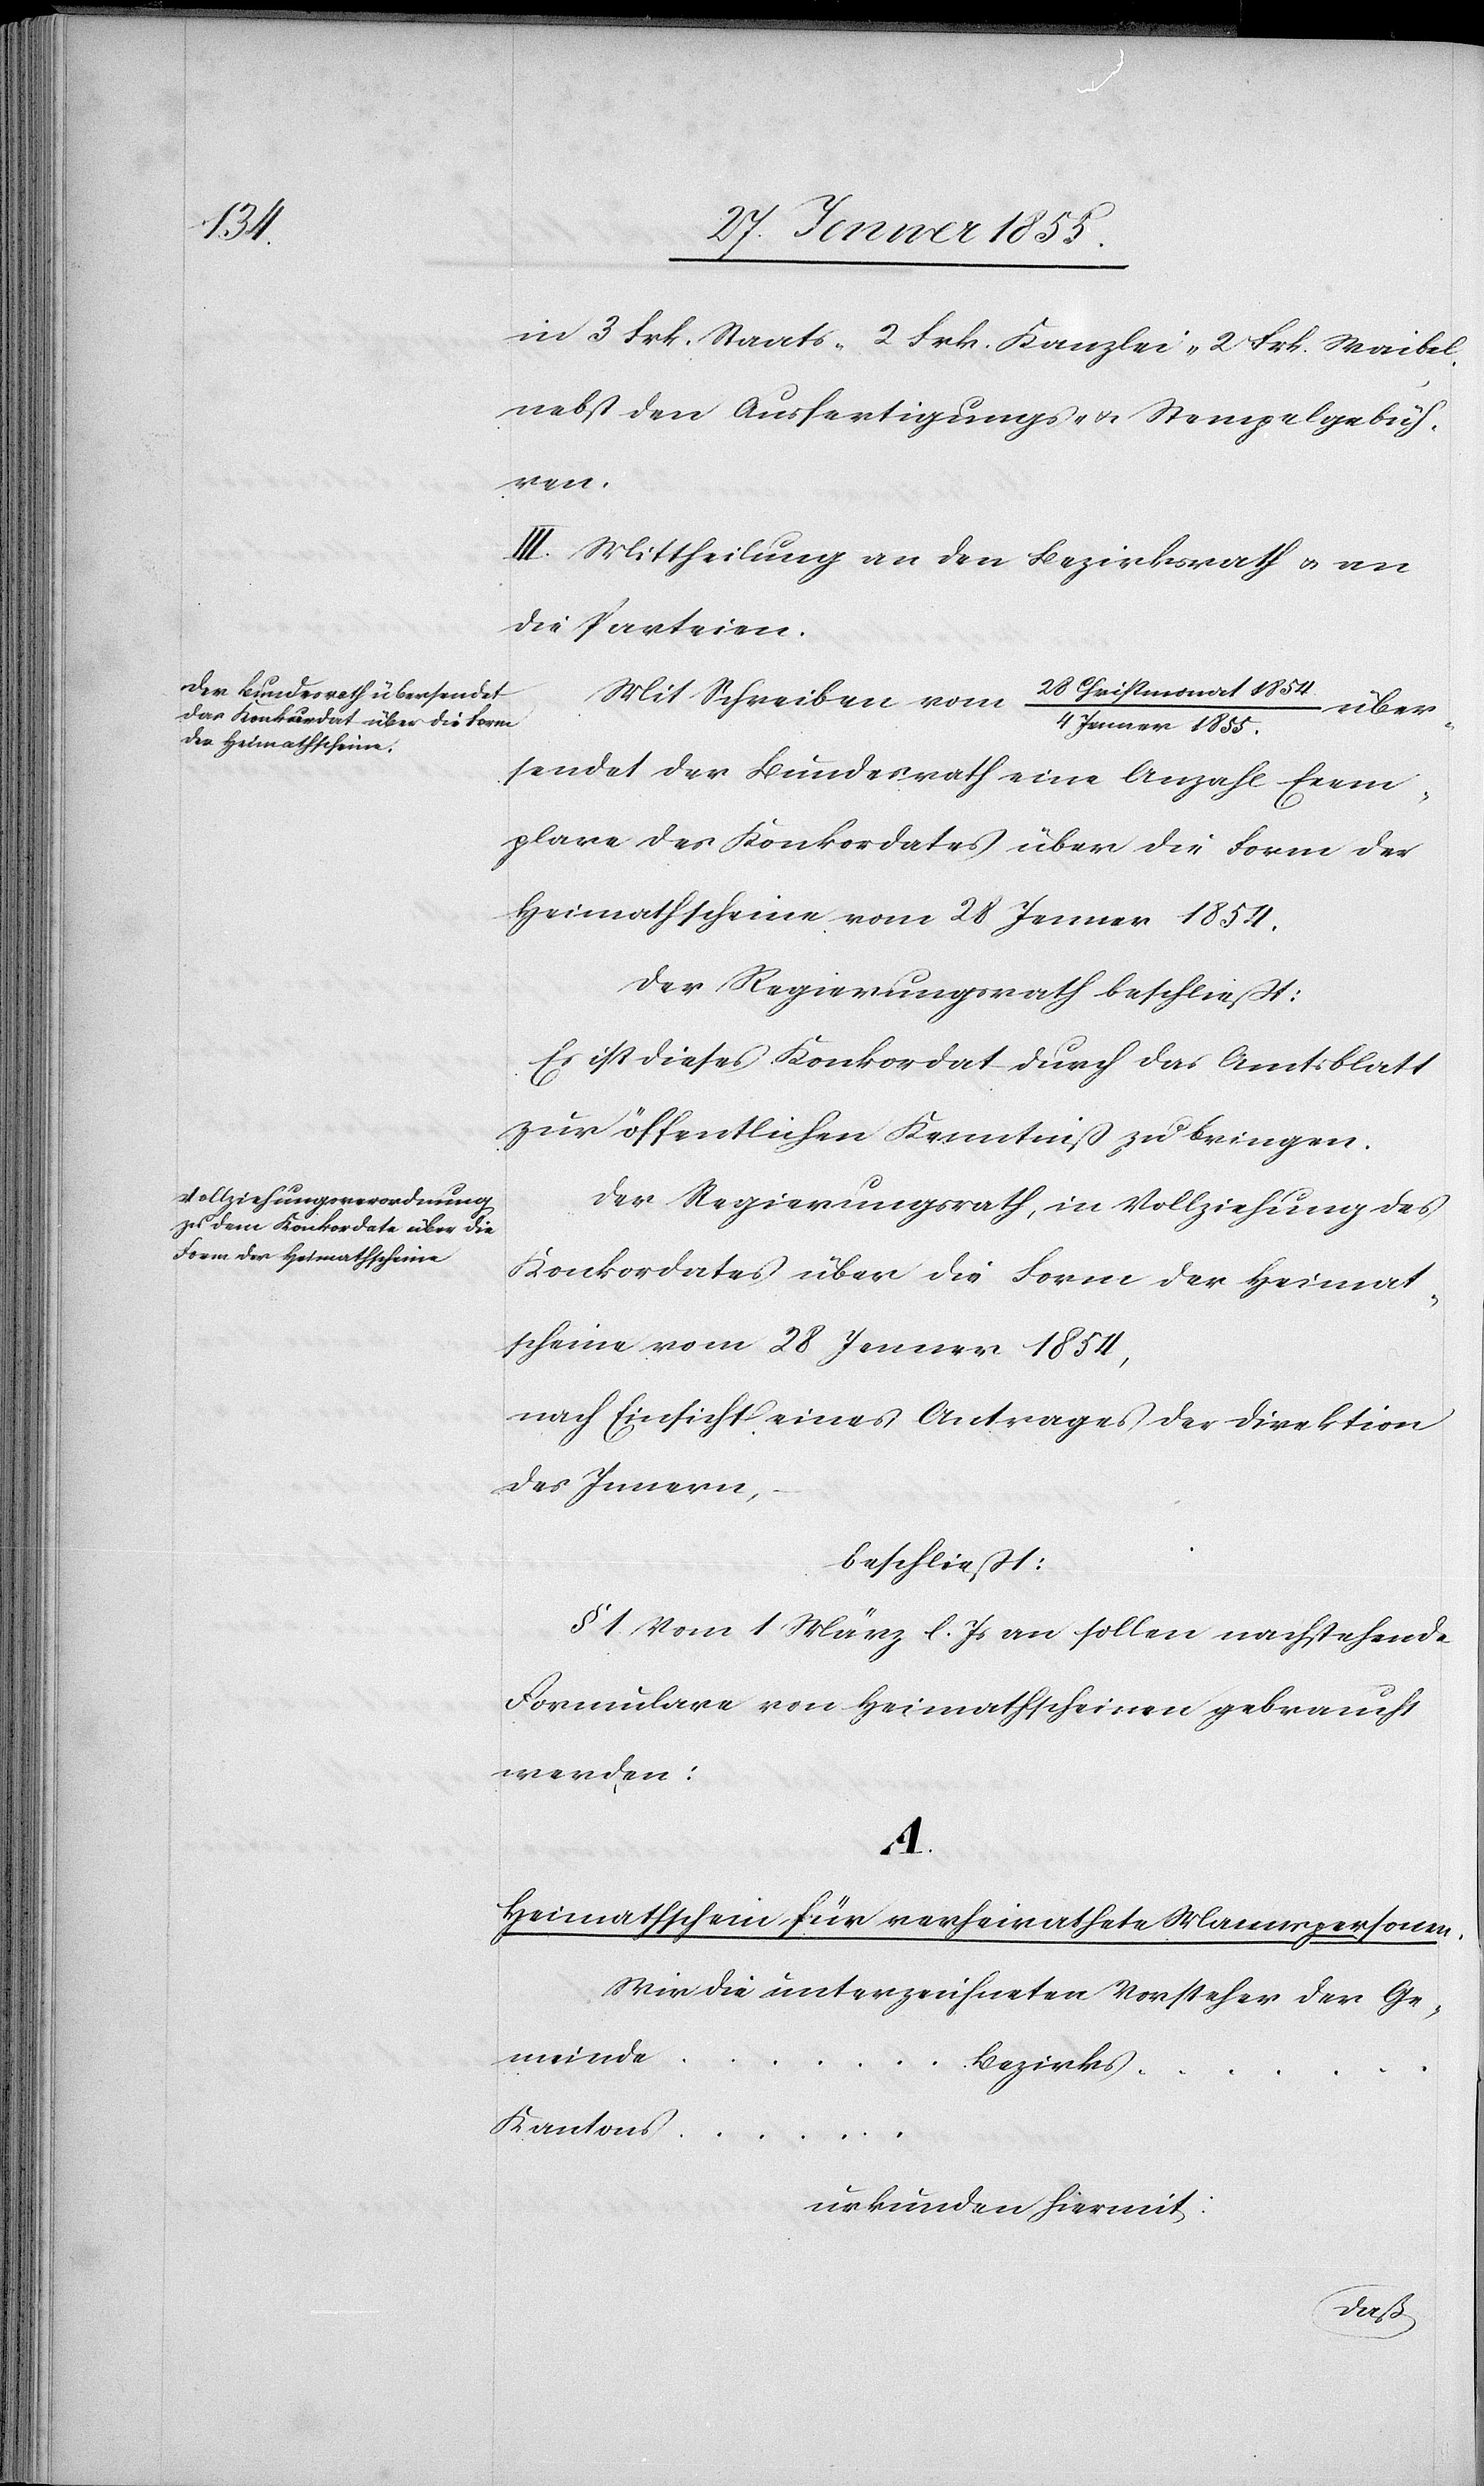
in 3 Frk. Staats-[,] 2 Frk. Kanzlei-[,] 2 Frk. Waibel-[,]
nebst den Ausfertigungs- & Stempelgebüh¬
ren.
III. Mittheilung an den Bezirksrath & an
die Parteien.
28 Christmonat 1854.
Mit Schreiben vom
über¬
4 Jenner 1855.
sendet der Bundesrath eine Anzahl Exem¬
plare des Konkordates über die Form der
Heimathscheine vom 28 Jenner 1854.
Der Regierungsrath beschliesst:
Es ist dieses Konkordat durch das Amtsblatt
zur öffentlichen Kenntniß zu bringen.
Der Regierungsrath, in Vollziehung des
Konkordates über die Form der Heimat¬
scheine vom 28 Jenner 1854,
nach Einsicht eines Antrages der Direktion
des Innern,
beschliesst:
§ 1. Vom 1 März l. Js an sollen nachstehende
Formulare von Heimathscheinen gebraucht
werden:
A.
Heimathschein für verheirathete Mannspersonen.
Wir die unterzeichneten Vorsteher der Ge¬
meinde …
Bezirks …
Kantons
…
urkunden hiermit: